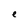
Character: e